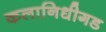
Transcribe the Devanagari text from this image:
कलानिधीगड